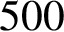
5 0 0